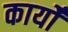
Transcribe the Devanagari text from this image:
कार्योँ